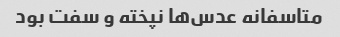
متاسفانه عدس‌ها نپخته و سفت بود